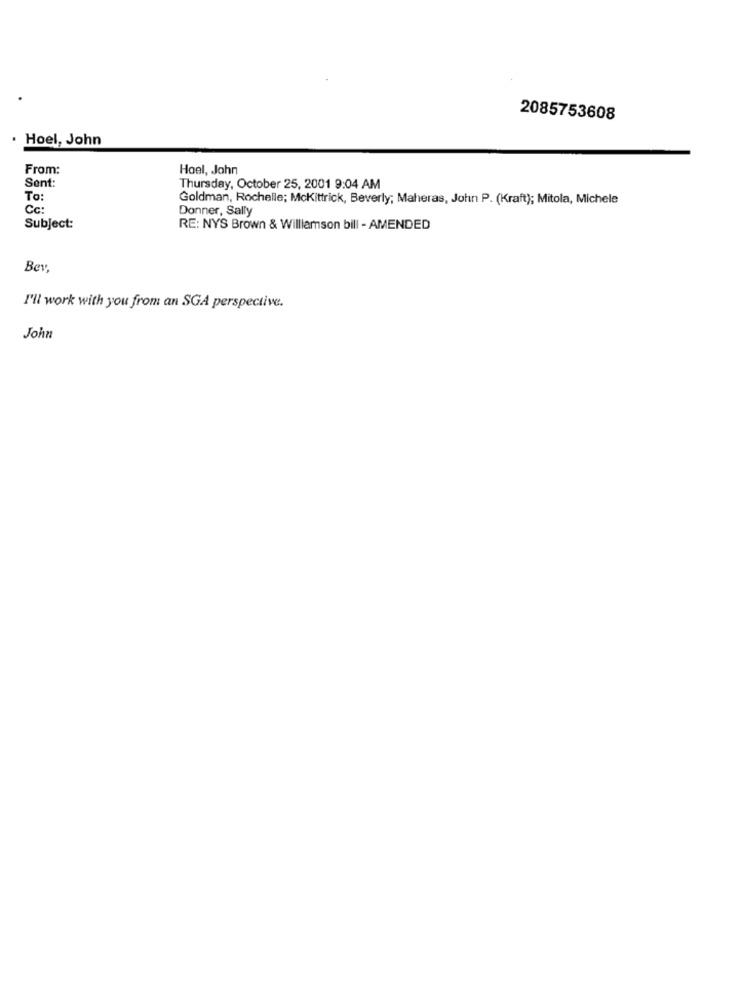
2085753608
Hoel, John
From:
Hael, John
Sent:
Thursday, October 25, 2001 9:04 AM
To:
Goldman, Rochelle; Mckittrick, Beverly; Maheras, John P. (Kraft); Mitola, Michele
Cc
Donner, Sally
Subject:
RE: NYS Brown & Williamson bill - AMENDED
Bev,
I'll work with you from an SGA perspective.
John